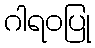
ဂါရဝပြု